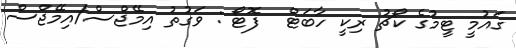
ގައުމީ ޓީމުގެ ކޯޗު ރިކީ ހާބަޓް  ފޮޓޯ : ވަގުތު އިމޭޖްސް/އިމޭޖްސް